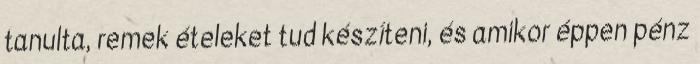
tanulta, remek ételeket tud készíteni, és amikor éppen pénz